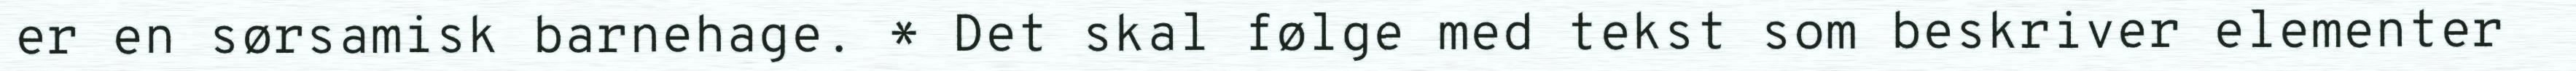
er en sørsamisk barnehage. * Det skal følge med tekst som beskriver elementer